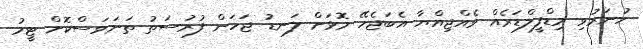
ހުނަރުވި މިޑްފީލްޑަރެއް ވެއްޖިއްޔާ އެބަޖެހޭ މޮޅަށް ލަނޑު ޖަހަން ފުރުސަތު ތަނަވަސްކޮށް ޓީމު